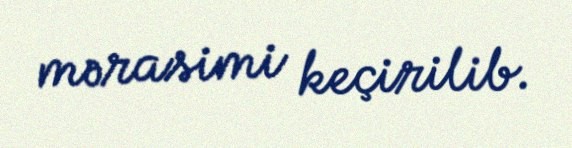
mərasimi keçirilib.